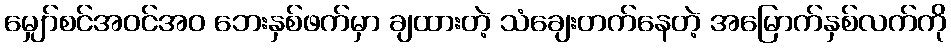
မျှော်စင်အဝင်အဝ ဘေးနှစ်ဖက်မှာ ချထားတဲ့ သံချေးတက်နေတဲ့ အမြောက်နှစ်လက်ကို